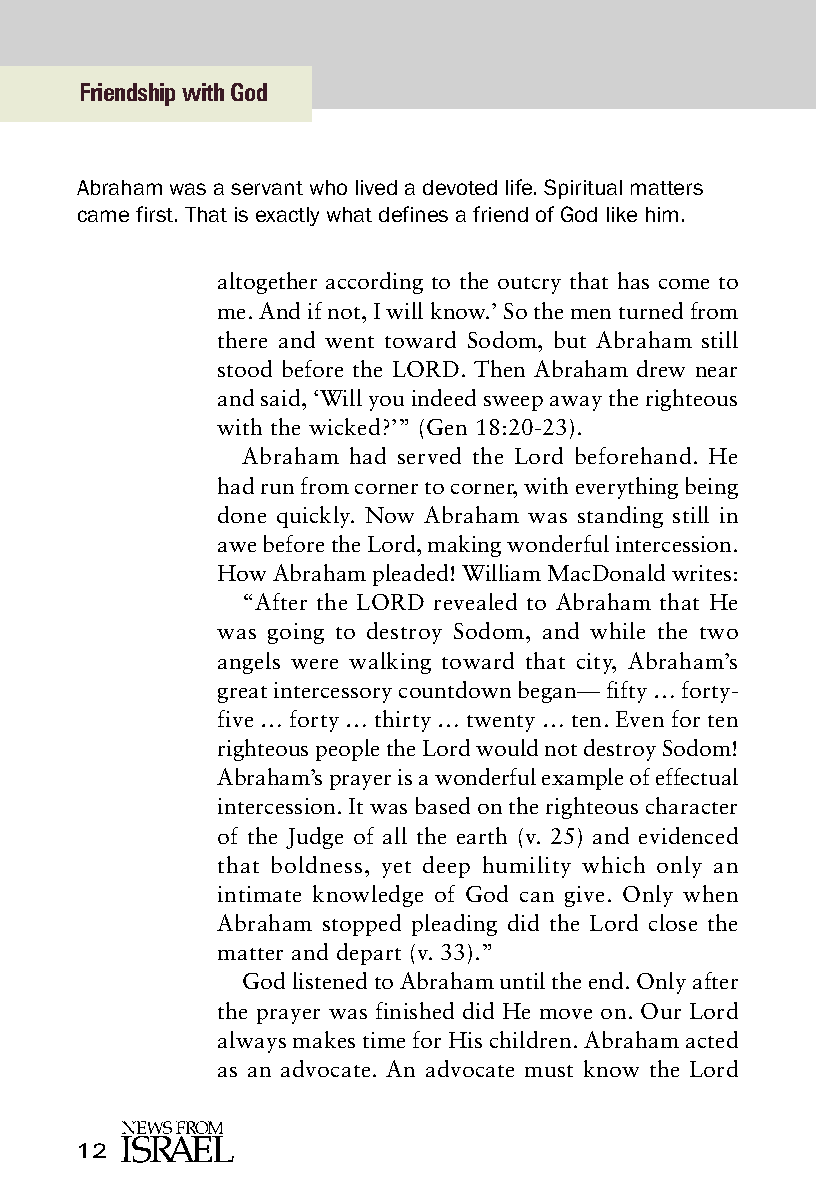
Friendship with God
 Abraham was a servant who lived a devoted life. Spiritual matters
 came first. That is exactly what defines a friend of God like him.
 altogether according to the outcry that has come to
 me. And if not, I will know.’ So the men turned from
 there and went toward Sodom, but Abraham still
 stood before the LORD. Then Abraham drew near
 and said, ‘Will you indeed sweep away the righteous
 with the wicked?’” (Gen 18:20-23).
 Abraham had served the Lord beforehand. He
 had run from corner to corner, with everything being
 done quickly. Now Abraham was standing still in
 awe before the Lord, making wonderful intercession.
 How Abraham pleaded! William MacDonald writes:
 “After the LORD revealed to Abraham that He
 was going to destroy Sodom, and while the two
 angels were walking toward that city, Abraham’s
 great intercessory countdown began— fifty … forty-
 five … forty … thirty … twenty … ten. Even for ten
 righteous people the Lord would not destroy Sodom!
 Abraham’s prayer is a wonderful example of effectual
 intercession. It was based on the righteous character
 of the Judge of all the earth (v. 25) and evidenced
 that boldness, yet deep humility which only an
 intimate knowledge of God can give. Only when
 Abraham stopped pleading did the Lord close the
 matter and depart (v. 33).”
 God listened to Abraham until the end. Only after
 the prayer was finished did He move on. Our Lord
 always makes time for His children. Abraham acted
 as an advocate. An advocate must know the Lord
 12